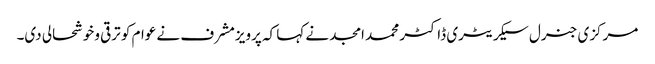
مرکزی جنرل سیکریٹری ڈاکٹر محمد امجد نے کہا کہ پرویزمشرف نے عوام کو ترقی وخوشحالی دی۔